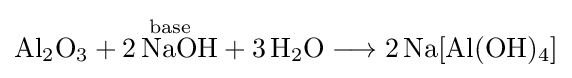
{\mathrm {Al} {\vphantom {A}}_{\smash[{t}]{2}}\mathrm {O} {\vphantom {A}}_{\smash[{t}]{3}}{}+{}{\overset {\mathrm {base} }{2\,\mathrm {NaOH} }}{}+{}3\,\mathrm {H} {\vphantom {A}}_{\smash[{t}]{2}}\mathrm {O} {}\mathrel {\longrightarrow } {}2\,\mathrm {Na} [\mathrm {Al} (\mathrm {OH} ){\vphantom {A}}_{\smash[{t}]{4}}]}